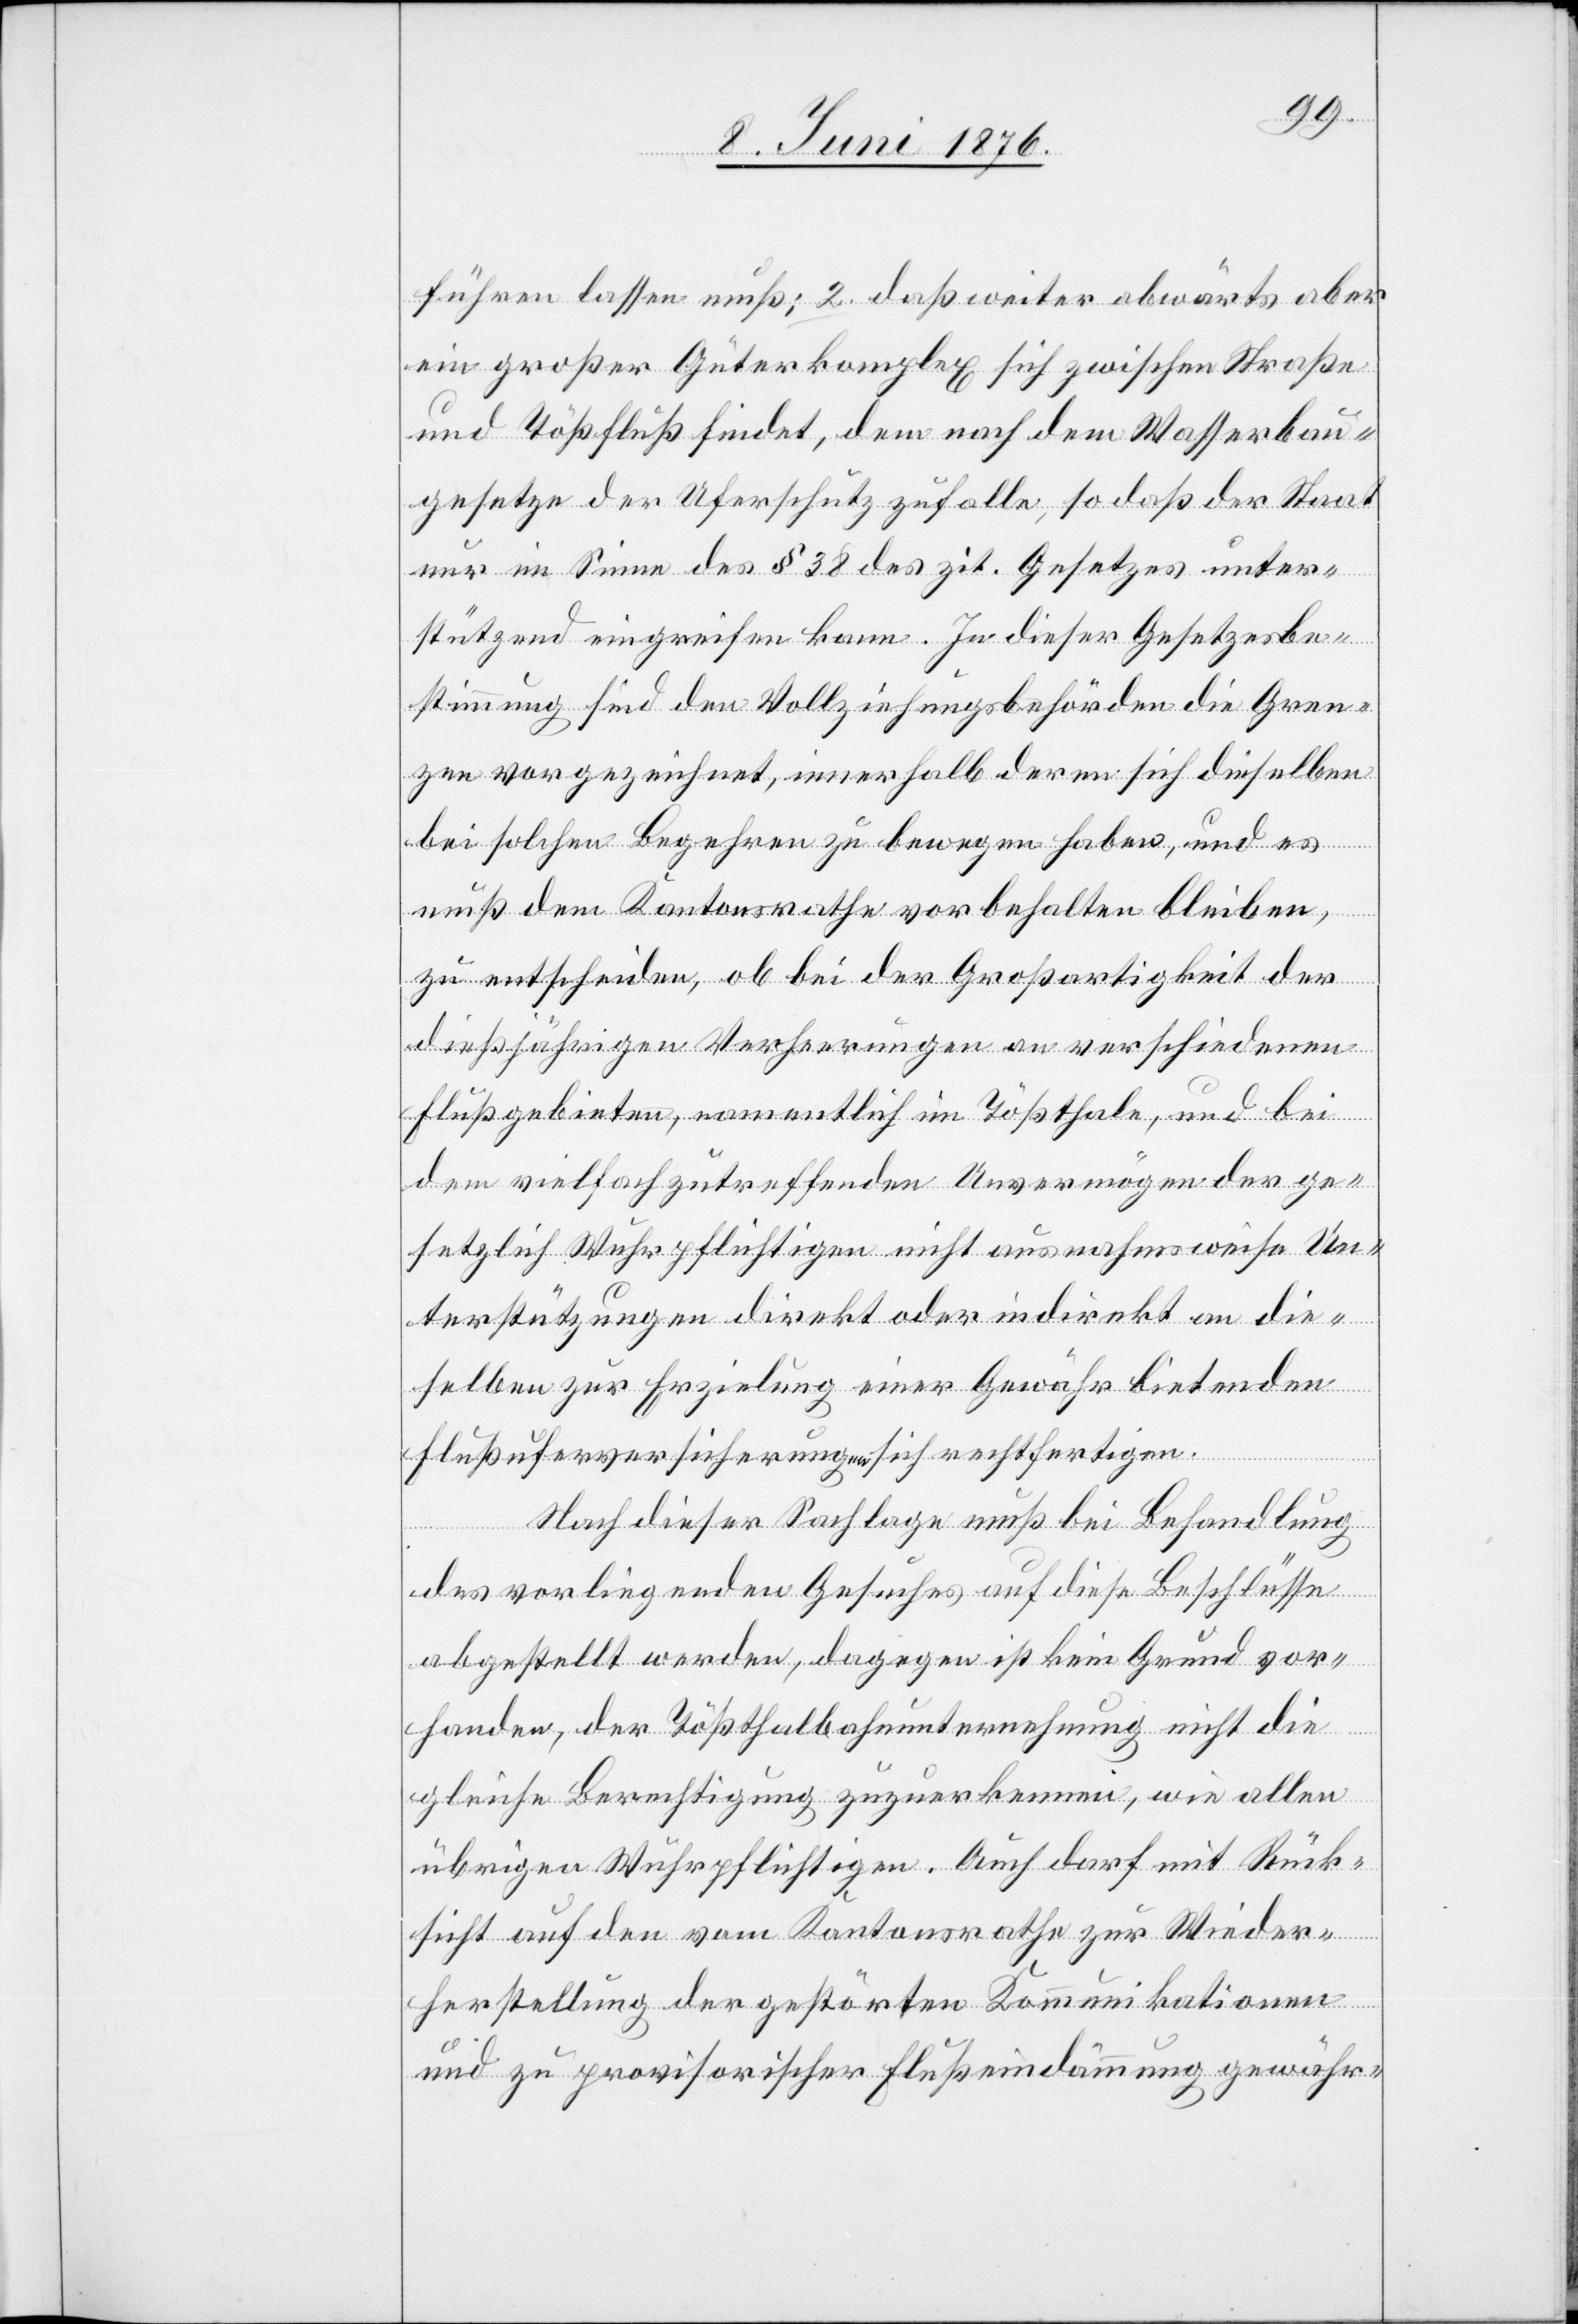
führen lassen muß; 2. daß weiter abwärts aber
ein großer Güterkomplex sich zwischen Straße
und Tößfluß findet, dem nach dem Wasserbau¬
gesetze der Uferschutz zufalle, so das der Staat
nur im Sinne des § 38 des zit. Gesetzes unter¬
stützend eingreifen kann. In dieser Gesetzesbe¬
stimmung sind den Vollziehungsbehörden die Gren¬
zen vorgezeichnet, innerhalb deren sich dieselben
bei solchen Begehren zu bewegen haben, und es
muß dem Kantonsrathe vorbehalten bleiben,
zu entscheiden, ob bei der Großartigkeit der
dießjährigen Verheerungen an verschiedenen
Flußgebieten, namentlich im Tößthale, und bei
dem vielfach zutreffenden Unvermögen der ge¬
setzlich Wuhrpflichtigen nicht ausnahmsweise Un¬
terstützungen direkt oder indirekt an die¬
selben zur Erzielung eines Gewähr bietenden
Flußuferversicherungen [sic!] rechtfertigen.
Nach dieser Sachlage muß bei Behandlung
des vorliegenden Gesuches auf diese Beschlüsse
abgestellt werden, dagegen ist kein Grund vor¬
handen, der Tößthalbahnunternehmung nicht die
gleiche Berechtigung zuzuerkennen, wie allen
übrigen Wuhrpflichtigen. Auch darf mit Rück¬
sicht auf den vom Kantonsrathe zur Wieder¬
herstellung der gestörten Kommunikationen
und zu provisorischer Flußeindämmung gewähr-